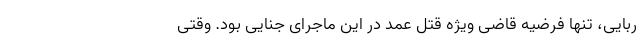
ربایی، تنها فرضیه قاضی ویژه قتل عمد در این ماجرای جنایی بود. وقتی